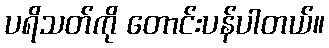
ပရိသတ်ကို တောင်းပန်ပါတယ်။